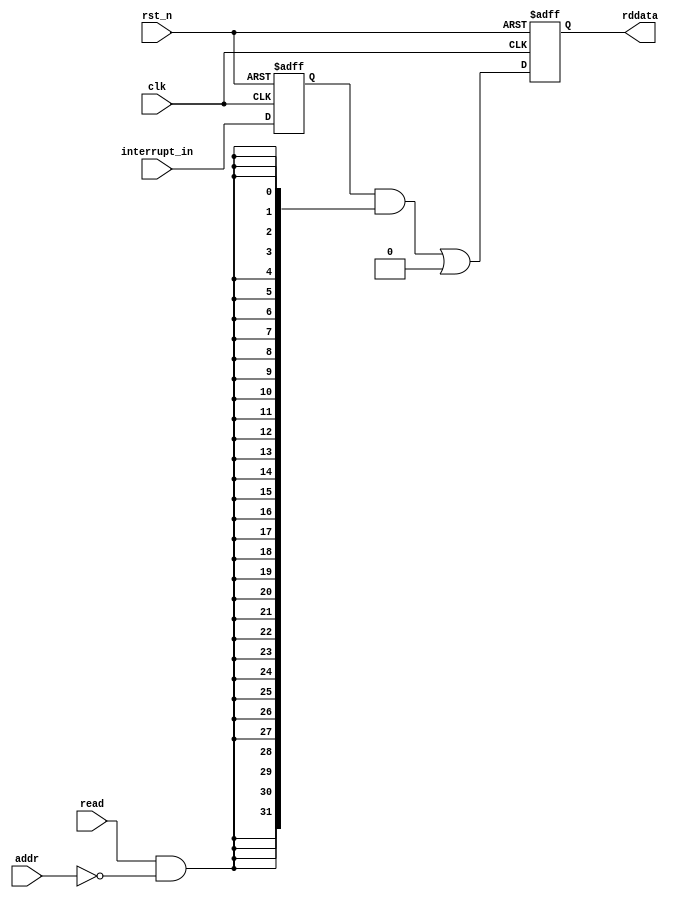
// This program was cloned from: https://github.com/bradgrantham/alice5
// License: Apache License 2.0

//Legal Notice: (C)2013 Altera Corporation. All rights reserved.  Your
//use of Altera Corporation's design tools, logic functions and other
//software and tools, and its AMPP partner logic functions, and any
//output files any of the foregoing (including device programming or
//simulation files), and any associated documentation or information are
//expressly subject to the terms and conditions of the Altera Program
//License Subscription Agreement or other applicable license agreement,
//including, without limitation, that your use is for the sole purpose
//of programming logic devices manufactured by Altera and sold by Altera
//or its authorized distributors.  Please refer to the applicable
//agreement for further details.

module intr_capturer #(
  parameter NUM_INTR = 32
  // active high level interrupt is expected for the input of this capturer module
)(
  input                clk,
  input                rst_n,
  input [NUM_INTR-1:0] interrupt_in,
  //input [31:0]         wrdata,
  input                addr,
  input                read,
  output [31:0]        rddata
);

  reg  [NUM_INTR-1:0]  interrupt_reg;
  reg  [31:0]          readdata_with_waitstate;
  wire [31:0]          act_readdata;
  wire [31:0]          readdata_lower_intr;
  wire [31:0]          readdata_higher_intr;
  wire                 access_lower_32;
  wire                 access_higher_32;

  always @(posedge clk or negedge rst_n) begin
    if (!rst_n) interrupt_reg <= 'b0;
    else        interrupt_reg <= interrupt_in;
    end

  generate
  if (NUM_INTR>32) begin : two_intr_reg_needed
    assign access_higher_32     = read & (addr == 1);
    
    assign readdata_lower_intr  = interrupt_reg[31:0] & {(32){access_lower_32}};
    assign readdata_higher_intr = interrupt_reg[NUM_INTR-1:32] & {(NUM_INTR-32){access_higher_32}};
    end
  else begin : only_1_reg
    assign readdata_lower_intr  = interrupt_reg & {(NUM_INTR){access_lower_32}};
    assign readdata_higher_intr = {32{1'b0}};
    end
  endgenerate

  assign access_lower_32 = read & (addr == 0);
  assign act_readdata = readdata_lower_intr | readdata_higher_intr;
  assign rddata = readdata_with_waitstate;

  always @(posedge clk or negedge rst_n) begin
    if (!rst_n) readdata_with_waitstate <= 32'b0;
    else        readdata_with_waitstate <= act_readdata;
    end
  
endmodule